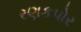
રણકપોર